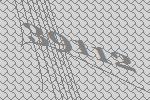
39112